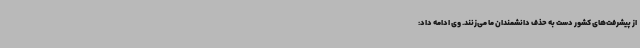
از پیشرفت‌های کشور دست به حذف دانشمندان ما می‌زنند. وی ادامه داد: